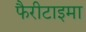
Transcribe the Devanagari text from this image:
फैरीटाइमा